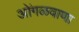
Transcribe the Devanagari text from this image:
ओंगळवाणा